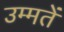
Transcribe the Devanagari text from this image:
उम्मतें